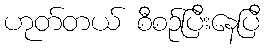
ဟုတ်တယ် စီစဉ်ပြီးနေပြီ